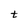
Character: t